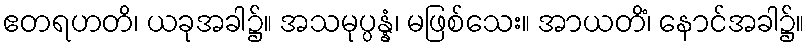
ဧတရဟတိ၊ ယခုအခါ၌။ အသမုပ္ပန္နံ၊ မဖြစ်သေး။ အာယတိံ၊ နောင်အခါ၌။